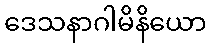
ဒေသနာဂါမိနိယော